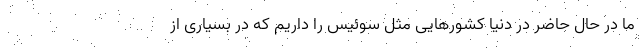
ما در حال حاضر در دنیا کشور‌هایی مثل سوئیس را داریم که در بسیاری از